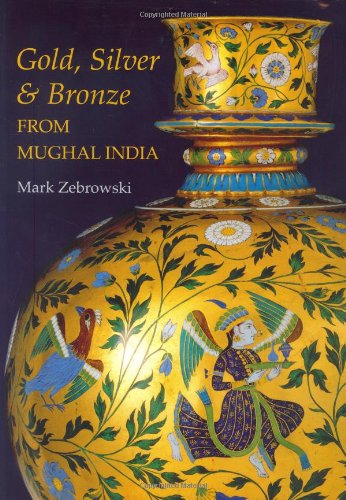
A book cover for Gold, Silver & Bronze from Mughal India; Mark Zebrowski; Crafts, Hobbies & Home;